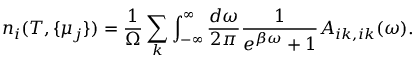
n _ { i } ( T , \{ \mu _ { j } \} ) = \frac { 1 } { \Omega } \sum _ { k } \int _ { - \infty } ^ { \infty } \frac { d \omega } { 2 \pi } \frac { 1 } { e ^ { \beta \omega } + 1 } A _ { i k , i k } ( \omega ) .